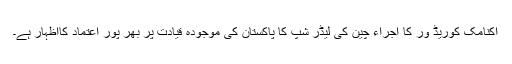
اکنامک کوریڈ ور کا اجراء چین کی لیڈر شپ کا پاکستان کی موجودہ قیادت پر بھر پور اعتماد کااظہار ہے۔